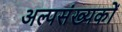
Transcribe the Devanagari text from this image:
अल्पसंख्‍यकों